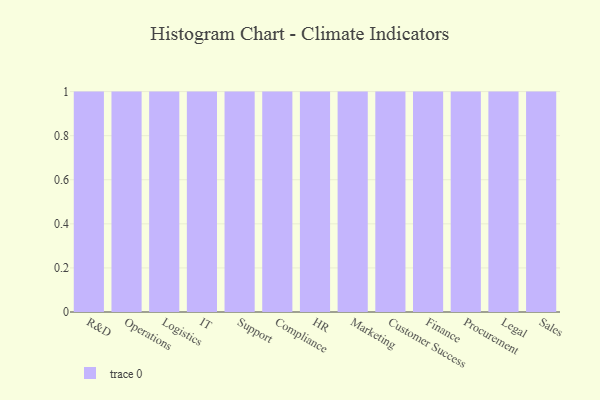
{"axis": {"x": "Department", "y": "Inventory Turnover"}, "legend": [""], "data": [{"x": "R&D", "y": 54, "type": ""}, {"x": "Operations", "y": 45, "type": ""}, {"x": "Logistics", "y": 12, "type": ""}, {"x": "IT", "y": 77, "type": ""}, {"x": "Support", "y": 45, "type": ""}, {"x": "Compliance", "y": 79, "type": ""}, {"x": "HR", "y": 26, "type": ""}, {"x": "Marketing", "y": 99, "type": ""}, {"x": "Customer Success", "y": 70, "type": ""}, {"x": "Finance", "y": 5, "type": ""}, {"x": "Procurement", "y": 70, "type": ""}, {"x": "Legal", "y": 14, "type": ""}, {"x": "Sales", "y": 7, "type": ""}]}